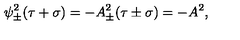
\psi _ { \pm } ^ { 2 } ( \tau + \sigma ) = - A _ { \pm } ^ { 2 } ( \tau \pm \sigma ) = - A ^ { 2 } ,